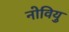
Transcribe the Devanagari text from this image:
नोवियु